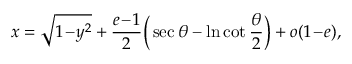
x = \sqrt { 1 \! - \! y ^ { 2 } } + \frac { e \! - \! 1 } { 2 } \Big ( \sec \theta - \ln \cot \frac \theta 2 \Big ) + o ( 1 \! - \! e ) ,